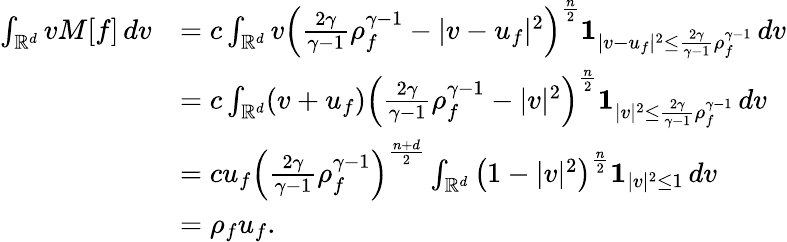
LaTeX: \begin{array}{rl}{\int_{\mathbb{R}^{d}}vM[f]\, dv}&{=c\int_{\mathbb{R}^{d}}v\left(\frac{2\gamma}{\gamma-1}\rho_{f}^{\gamma-1}-|v-u_{f}|^{2}\right)^{\frac n2}\mathbf{1}_{|v-u_{f}|^{2}\le\frac{2\gamma}{\gamma-1}\rho_{f}^{\gamma-1}}\, dv}\\ &{=c\int_{\mathbb{R}^{d}}(v+u_{f})\left(\frac{2\gamma}{\gamma-1}\rho_{f}^{\gamma-1}-|v|^{2}\right)^{\frac n2}\mathbf{1}_{|v|^{2}\le\frac{2\gamma}{\gamma-1}\rho_{f}^{\gamma-1}}\, dv}\\ &{=cu_{f}\left(\frac{2\gamma}{\gamma-1}\rho_{f}^{\gamma-1}\right)^{\frac{n+d}{2}}\int_{\mathbb{R}^{d}}\left(1-|v|^{2}\right)^{\frac n2}\mathbf{1}_{|v|^{2}\le 1}\, dv}\\ &{=\rho_{f}u_{f}.}\end{array}